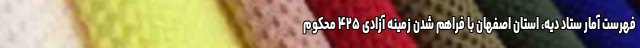
فهرست آمار ستاد دیه، استان اصفهان با فراهم شدن زمینه آزادی ۴۲۵ محکوم